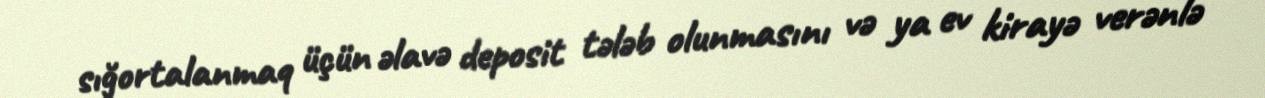
sığortalanmaq üçün əlavə deposit tələb olunmasını və ya ev kirayə verənlə